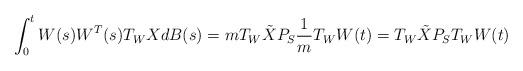
LaTeX: \begin{align*}\int_{0}^{t}W(s)W^T(s)T_WXdB(s)=mT_W\tilde{X}P_S\frac{1}{m}T_WW(t)=T_W\tilde{X}P_ST_WW(t)\end{align*}